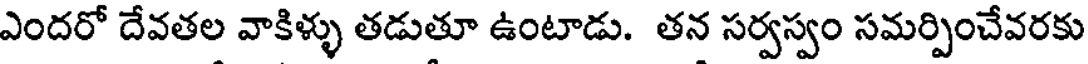
ఎందరో దేవతల వాకిళ్ళు తడుతూ ఉంటాడు. తన సర్వస్వం సమర్పించేవరకు